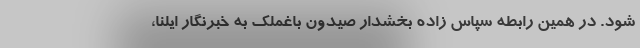
شود. در همین رابطه سپاس زاده بخشدار صیدون باغملک به خبرنگار ایلنا،